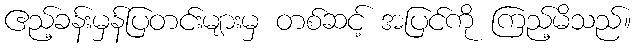
ဧည့်ခန်းမှန်ပြတင်းများမှ တစ်ဆင့် အပြင်ကို ကြည့်မိသည်။